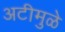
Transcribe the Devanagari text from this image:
अटीमुळे